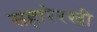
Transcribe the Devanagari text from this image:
सहारेरखी